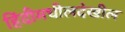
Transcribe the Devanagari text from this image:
हिंदीमधीलदेखील